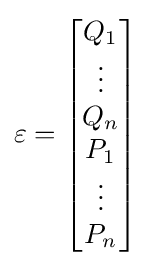
{\textstyle \mathbf {\varepsilon } ={\begin{bmatrix}Q_{1}\\\vdots \\Q_{n}\\P_{1}\\\vdots \\P_{n}\\\end{bmatrix}}}